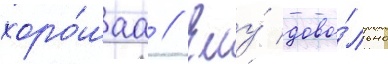
хоро́шаа // Ему́ дово́льно